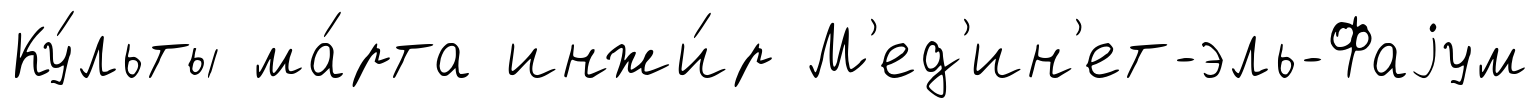
Ку́льты ма́рта инжи́р М'ед'ин'ет-эль-Фаjум